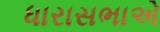
ધારાસભાએ